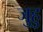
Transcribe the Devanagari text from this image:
जुहु